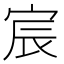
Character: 宸